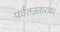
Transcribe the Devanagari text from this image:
पर्वतउतारावर